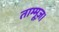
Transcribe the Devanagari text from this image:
ताम्मूज़।